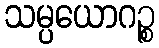
သမ္ပယောဂဉ္စ